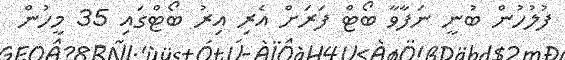
ފުލުހުން ބުނީ ނަފާވާ ބޯޓް ފަރަށް އެރި އިރު ބޯޓްގައި 35 މީހުން